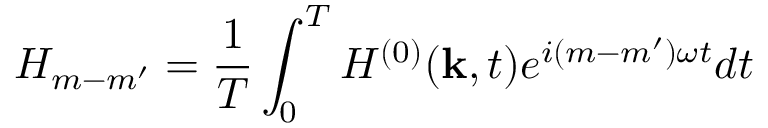
H _ { m - m ^ { \prime } } = \frac { 1 } { T } \int _ { 0 } ^ { T } H ^ { ( 0 ) } ( { \bf k } , t ) e ^ { i ( m - m ^ { \prime } ) \omega t } d t